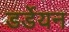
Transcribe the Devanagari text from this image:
डर्डेयन